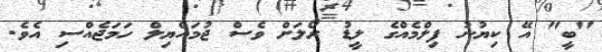
"ބީ" އޭ ކިޔުނު ފިލްމެއްގެ ލީޑު ރޯލަށް ވެސް ޖުމައްޔިލް ހަމަޖެއްސި އެވެ.